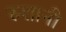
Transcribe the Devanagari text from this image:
रुशानी